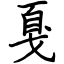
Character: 戛